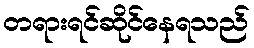
တရားရင်ဆိုင်နေရသည်